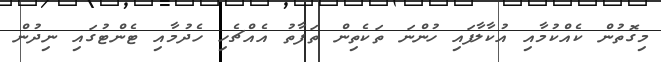
މިގޮތުން ކެއްކުމާއި އުކާލާފައި ހުންނަ ތަކެތިން ތަފާތު އެއްޗެހި ހެދުމާއި ޓެންޓުގައި ނިދުން